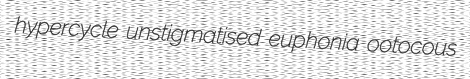
hypercycle unstigmatised euphonia ootocous